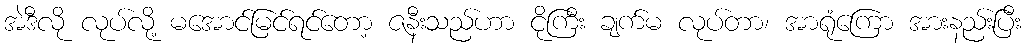
အဲဒီလို လုပ်လို့ မအောင်မြင်ရင်တော့ ဇနီးသည်ဟာ ငိုကြီး ချက်မ လုပ်တာ၊ အာရုံကြော အားနည်းပြီး